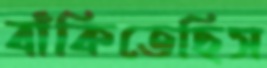
বাঁকিতেছিস